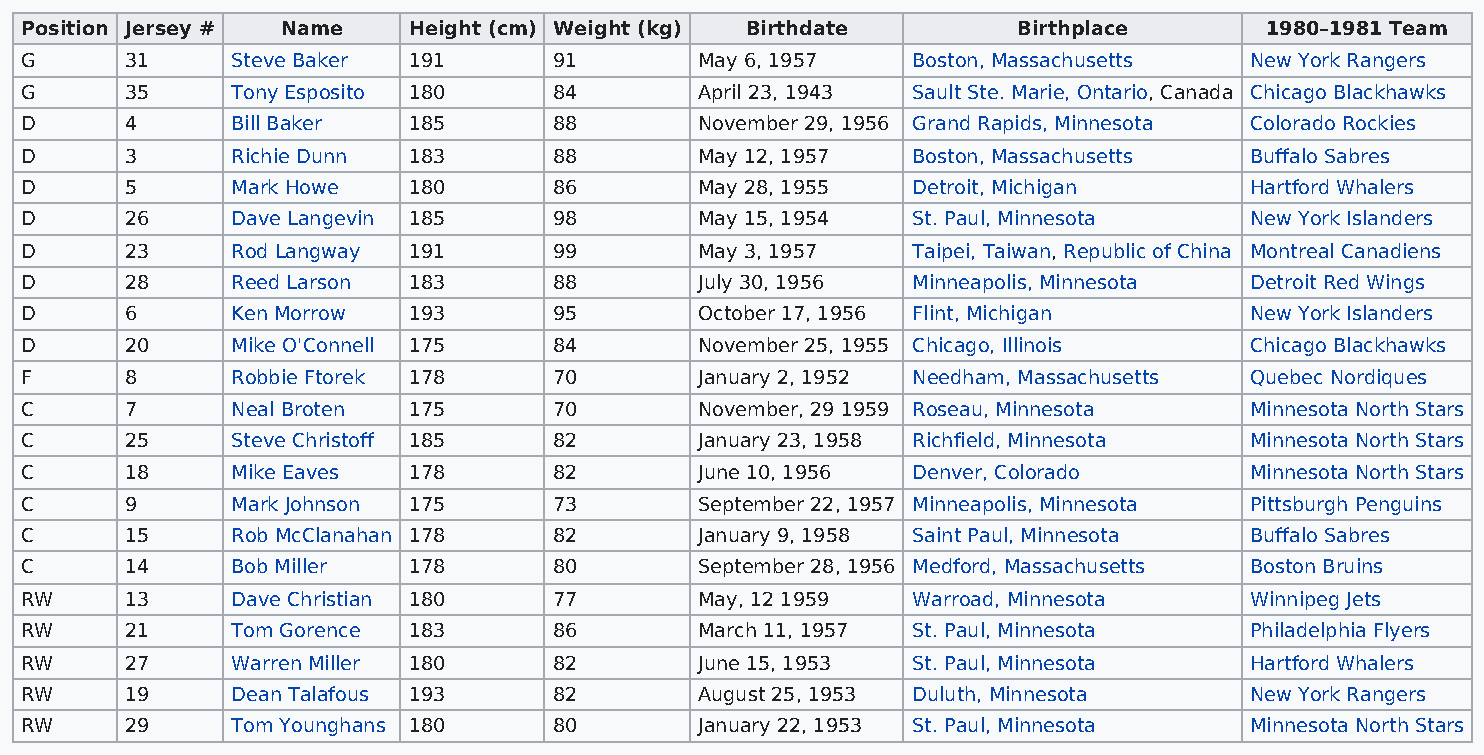
Position Jersey # Name    Height (cm) Weight (kg) Birthdate       Birthplace       1980–1981 Team
 G      31     Steve Baker 191       91       May 6, 1957   Boston, Massachusetts  New York Rangers
 G      35     Tony Esposito 180     84       April 23, 1943 Sault Ste. Marie, Ontario, Canada Chicago Blackhawks
 D      4      Bill Baker  185       88       November 29, 1956 Grand Rapids, Minnesota Colorado Rockies
 D      3      Richie Dunn 183       88       May 12, 1957  Boston, Massachusetts  Buffalo Sabres
 D      5      Mark Howe   180       86       May 28, 1955  Detroit, Michigan      Hartford Whalers
 D      26     Dave Langevin 185     98       May 15, 1954  St. Paul, Minnesota    New York Islanders
 D      23     Rod Langway 191       99       May 3, 1957   Taipei, Taiwan, Republic of China Montreal Canadiens
 D      28     Reed Larson 183       88       July 30, 1956 Minneapolis, Minnesota Detroit Red Wings
 D      6      Ken Morrow  193       95       October 17, 1956 Flint, Michigan     New York Islanders
 D      20     Mike O'Connell 175    84       November 25, 1955 Chicago, Illinois  Chicago Blackhawks
 F      8      Robbie Ftorek 178     70       January 2, 1952 Needham, Massachusetts Quebec Nordiques
 C      7      Neal Broten 175       70       November, 29 1959 Roseau, Minnesota  Minnesota North Stars
 C      25     Steve Christoff 185   82       January 23, 1958 Richfield, Minnesota Minnesota North Stars
 C      18     Mike Eaves  178       82       June 10, 1956 Denver, Colorado       Minnesota North Stars
 C      9      Mark Johnson 175      73       September 22, 1957 Minneapolis, Minnesota Pittsburgh Penguins
 C      15     Rob McClanahan 178    82       January 9, 1958 Saint Paul, Minnesota Buffalo Sabres
 C      14     Bob Miller  178       80       September 28, 1956 Medford, Massachusetts Boston Bruins
 RW     13     Dave Christian 180    77       May, 12 1959  Warroad, Minnesota     Winnipeg Jets
 RW     21     Tom Gorence 183       86       March 11, 1957 St. Paul, Minnesota   Philadelphia Flyers
 RW     27     Warren Miller 180     82       June 15, 1953 St. Paul, Minnesota    Hartford Whalers
 RW     19     Dean Talafous 193     82       August 25, 1953 Duluth, Minnesota    New York Rangers
 RW     29     Tom Younghans 180     80       January 22, 1953 St. Paul, Minnesota Minnesota North Stars